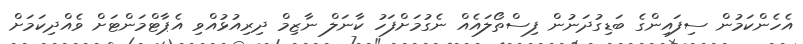
އެހެންކަމުން ސިފައިންގެ ބަޑިގުދަނުން ފިސްތޯލައެއް ނެގުމަށްފަހު ކާނަލް ނާޒިމް ދިރިއުޅުއްވި އެޕާޓްމަންޓަށް ވެއްދިކަމަށް